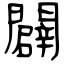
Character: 闢